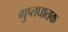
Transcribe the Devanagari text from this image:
गुप्तघातक